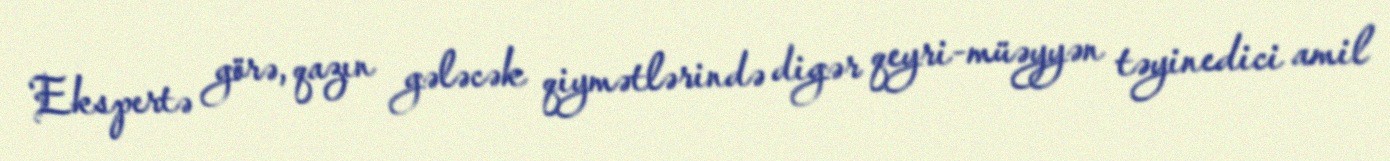
Ekspertə görə, qazın gələcək qiymətlərində digər qeyri-müəyyən təyinedici amil